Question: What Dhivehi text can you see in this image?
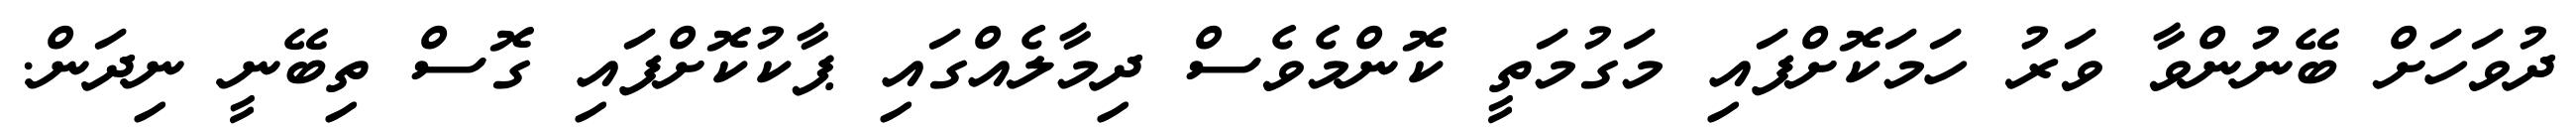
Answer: ދުވަހަށް ބޭނުންވާ ވަރު ހަމަކޮށްފައި މަގުމަތީ ކޮންމެވެސް ދިމާލެއްގައި ޕާކުކޮށްފައި ގޮސް ތިބޭނީ ނިދަން.